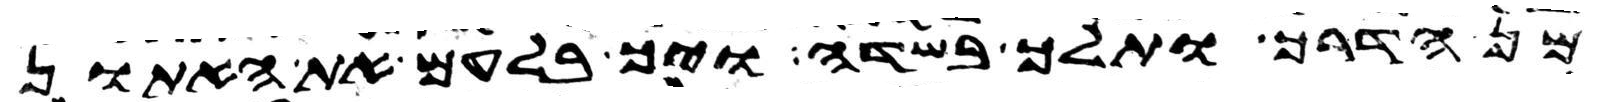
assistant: מן הדרך ותלך בשדה ויך בלעם את האתון